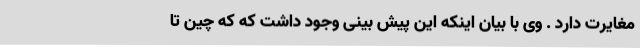
مغایرت دارد . وی با بیان اینکه این پیش بینی وجود داشت که که چین تا